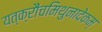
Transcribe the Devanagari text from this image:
यत्क्रौंचमिथुनादेकम्